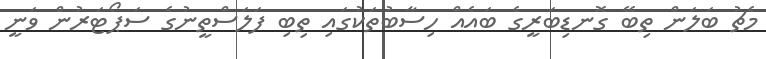
މެޗު ބަލަން ތިބޭ ގޮނޑިބަރީގެ ބައެއް ހިސާބުތަކުގައި ތިބި ފަލަސްތީނުގެ ސަޕޯޓަރުން ވަނީ